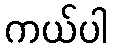
ကယ်ပါ